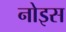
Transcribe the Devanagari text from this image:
नोइस